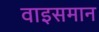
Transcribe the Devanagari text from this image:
वाइसमान